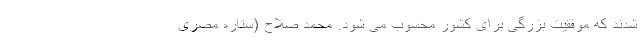
شدند که موفقیت بزرگی برای کشور محسوب می شود. محمد صلاح (ستاره مصری